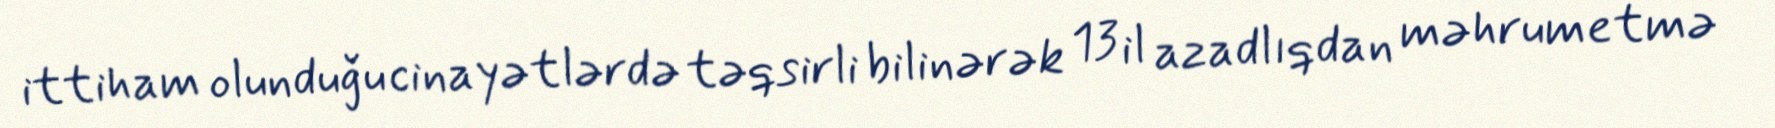
ittiham olunduğu cinayətlərdə təqsirli bilinərək 13 il azadlıqdan məhrumetmə